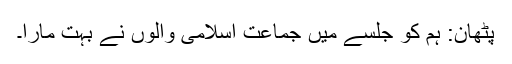
پٹھان: ہم کو جلسے میں جماعت اسلامی والوں نے بہت مارا۔